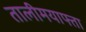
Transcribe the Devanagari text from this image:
तालीमयाफ्ता